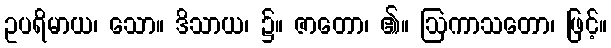
ဥပရိမာယ၊ သော။ ဒိသာယ၊ ၌။ ဇာတော၊ ၏။ ဩကာသတော၊ ဖြင့်။